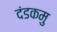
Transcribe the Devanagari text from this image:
दंडकमु